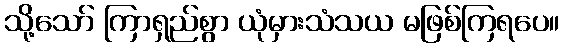
သို့သော် ကြာရှည်စွာ ယုံမှားသံသယ မဖြစ်ကြရပေ။